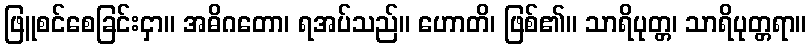
ဖြူစင်စေခြင်းငှာ။ အဓိဂတော၊ ရအပ်သည်။ ဟောတိ၊ ဖြစ်၏။ သာရိပုတ္တ၊ သာရိပုတ္တရာ။